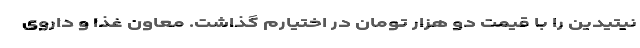
نیتیدین را با قیمت دو هزار تومان در اختیارم گذاشت. معاون غذا و داروی